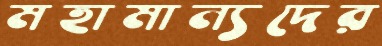
মহামান্যদের